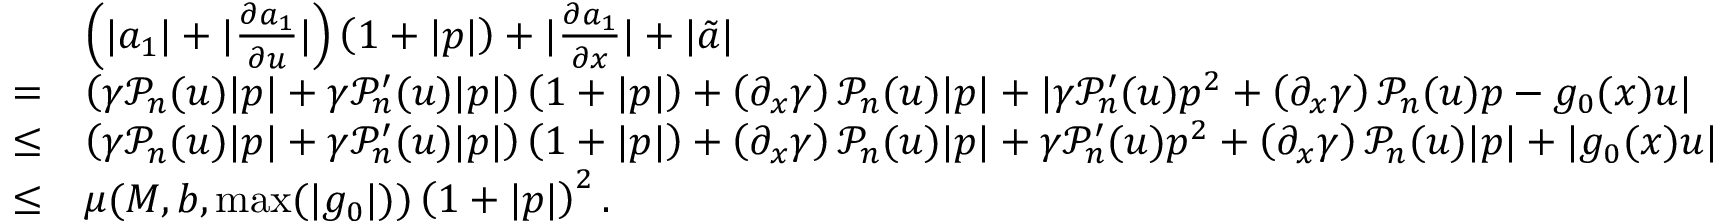
\begin{array} { r l } & { \left( \lvert a _ { 1 } \rvert + \lvert \frac { \partial a _ { 1 } } { \partial u } \rvert \right) \left( 1 + \lvert p \rvert \right) + \lvert \frac { \partial a _ { 1 } } { \partial x } \rvert + \lvert \tilde { a } \rvert } \\ { = } & { \left( \gamma \mathcal { P } _ { n } ( u ) \lvert p \rvert + \gamma \mathcal { P } _ { n } ^ { \prime } ( u ) \lvert p \rvert \right) \left( 1 + \lvert p \rvert \right) + \left( \partial _ { x } \gamma \right) \mathcal { P } _ { n } ( u ) \lvert p \rvert + \lvert \gamma \mathcal { P } _ { n } ^ { \prime } ( u ) p ^ { 2 } + \left( \partial _ { x } \gamma \right) \mathcal { P } _ { n } ( u ) p - g _ { 0 } ( x ) u \rvert } \\ { \leq } & { \left( \gamma \mathcal { P } _ { n } ( u ) \lvert p \rvert + \gamma \mathcal { P } _ { n } ^ { \prime } ( u ) \lvert p \rvert \right) \left( 1 + \lvert p \rvert \right) + \left( \partial _ { x } \gamma \right) \mathcal { P } _ { n } ( u ) \lvert p \rvert + \gamma \mathcal { P } _ { n } ^ { \prime } ( u ) p ^ { 2 } + \left( \partial _ { x } \gamma \right) \mathcal { P } _ { n } ( u ) \lvert p \rvert + \lvert g _ { 0 } ( x ) u \rvert } \\ { \leq } & { \mu ( M , b , \operatorname* { m a x } ( | g _ { 0 } | ) ) \left( 1 + \lvert p \rvert \right) ^ { 2 } . } \end{array}